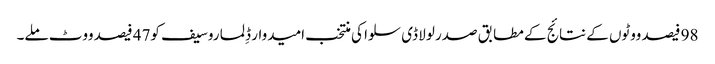
98 فیصد ووٹوں کے نتائج کے مطابق صدر لولا ڈی سلوا کی منتخب امیدوار ڈِلما روسیف کو47 فیصد ووٹ ملے۔